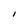
Character: I